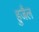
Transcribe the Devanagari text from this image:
हुजैल